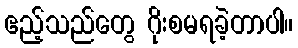
ဧည့်သည်တွေ ဂိုးစမရခဲ့တာပါ။